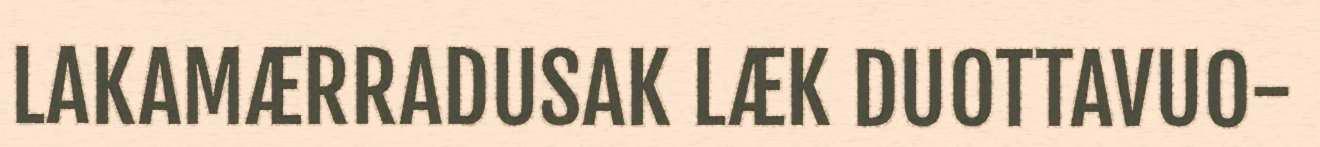
LAKAMÆRRADUSAK LÆK DUOTTAVUO-